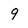
Character: 9